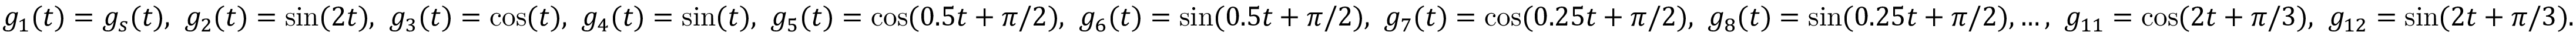
g _ { 1 } ( t ) = g _ { s } ( t ) , ~ g _ { 2 } ( t ) = \sin ( 2 t ) , ~ g _ { 3 } ( t ) = \cos ( t ) , ~ g _ { 4 } ( t ) = \sin ( t ) , ~ g _ { 5 } ( t ) = \cos ( 0 . 5 t + \pi / 2 ) , ~ g _ { 6 } ( t ) = \sin ( 0 . 5 t + \pi / 2 ) , ~ g _ { 7 } ( t ) = \cos ( 0 . 2 5 t + \pi / 2 ) , ~ g _ { 8 } ( t ) = \sin ( 0 . 2 5 t + \pi / 2 ) , \ldots , ~ g _ { 1 1 } = \cos ( 2 t + \pi / 3 ) , ~ g _ { 1 2 } = \sin ( 2 t + \pi / 3 ) .